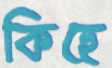
কিহে